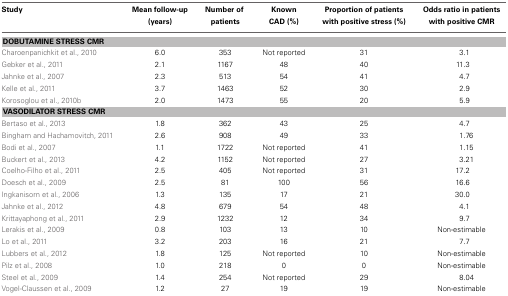
<table><thead><tr><td><b>Study</b></td><td><b>Mean follow-up (years)</b></td><td><b>Number of patients</b></td><td><b>Known CAD (%)</b></td><td><b>Proportion of patients with positive stress (%)</b></td><td><b>Odds ratio in patients with positive CMR</b></td></tr></thead><tbody><tr><td colspan="6"><b>DOBUTAMINE STRESS CMR</b></td></tr><tr><td>Charoenpanichkit et al., 2010</td><td>6.0</td><td>353</td><td>Not reported</td><td>31</td><td>3.1</td></tr><tr><td>Gebker et al., 2011</td><td>2.1</td><td>1167</td><td>48</td><td>40</td><td>11.3</td></tr><tr><td>Jahnke et al., 2007</td><td>2.3</td><td>513</td><td>54</td><td>41</td><td>4.7</td></tr><tr><td>Kelle et al., 2011</td><td>3.7</td><td>1463</td><td>52</td><td>30</td><td>2.9</td></tr><tr><td>Korosoglou et al., 2010b</td><td>2.0</td><td>1473</td><td>55</td><td>20</td><td>5.9</td></tr><tr><td colspan="6"><b>VASODILATOR STRESS CMR</b></td></tr><tr><td>Bertaso et al., 2013</td><td>1.8</td><td>362</td><td>43</td><td>25</td><td>4.7</td></tr><tr><td>Bingham and Hachamovitch, 2011</td><td>2.6</td><td>908</td><td>49</td><td>33</td><td>1.76</td></tr><tr><td>Bodi et al., 2007</td><td>1.1</td><td>1722</td><td>Not reported</td><td>41</td><td>1.15</td></tr><tr><td>Buckert et al., 2013</td><td>4.2</td><td>1152</td><td>Not reported</td><td>27</td><td>3.21</td></tr><tr><td>Coelho-Filho et al., 2011</td><td>2.5</td><td>405</td><td>Not reported</td><td>31</td><td>17.2</td></tr><tr><td>Doesch et al., 2009</td><td>2.5</td><td>81</td><td>100</td><td>56</td><td>16.6</td></tr><tr><td>Ingkanisorn et al., 2006</td><td>1.3</td><td>135</td><td>17</td><td>21</td><td>30.0</td></tr><tr><td>Jahnke et al., 2012</td><td>4.8</td><td>679</td><td>54</td><td>48</td><td>4.1</td></tr><tr><td>Krittayaphong et al., 2011</td><td>2.9</td><td>1232</td><td>12</td><td>34</td><td>9.7</td></tr><tr><td>Lerakis et al., 2009</td><td>0.8</td><td>103</td><td>13</td><td>10</td><td>Non-estimable</td></tr><tr><td>Lo et al., 2011</td><td>3.2</td><td>203</td><td>16</td><td>21</td><td>7.7</td></tr><tr><td>Lubbers et al., 2012</td><td>1.8</td><td>125</td><td>Not reported</td><td>10</td><td>Non-estimable</td></tr><tr><td>Pilz et al., 2008</td><td>1.0</td><td>218</td><td>0</td><td>0</td><td>Non-estimable</td></tr><tr><td>Steel et al., 2009</td><td>1.4</td><td>254</td><td>Not reported</td><td>29</td><td>8.04</td></tr><tr><td>Vogel-Claussen et al., 2009</td><td>1.2</td><td>27</td><td>19</td><td>19</td><td>Non-estimable</td></tr></tbody></table>